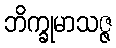
ဘိက္ခုမာသဇ္ဇ